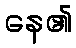
နေ၏